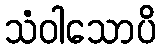
သံဝါသောပိ